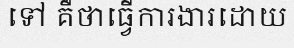
ទៅ គឺថាធ្វើការងារដោយ